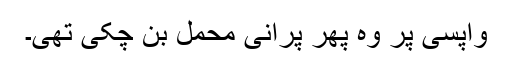
واپسی پر وہ پھر پرانی محمل بن چکی تھی۔